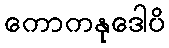
ကောကနုဒေါပိ